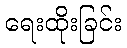
ရေးထိုးခြင်း